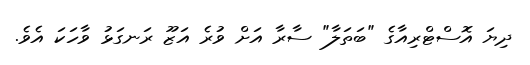
ދިޔަ އޮސްޓްރިއާގެ "ބަތަލާ" ސާރާ އަށް ވުރެ އަޒޫ ރަނގަޅު ވާހަކަ އެވެ.